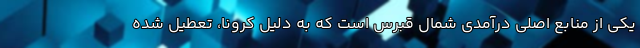
یکی از منابع اصلی درآمدی شمال قبرس است که به دلیل کرونا، تعطیل شده